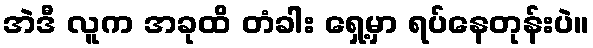
အဲဒီ လူက အခုထိ တံခါး ရှေ့မှာ ရပ်နေတုန်းပဲ။